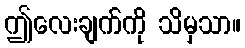
ဤလေးချက်ကို သိမှသာ။